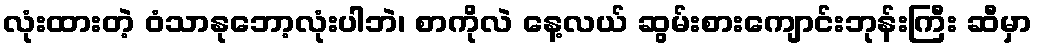
လုံးထားတဲ့ ဝံသာနုဘော့လုံးပါဘဲ၊ စာကိုလဲ နေ့လယ် ဆွမ်းစားကျောင်းဘုန်းကြီး ဆီမှာ